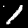
Digit: 1